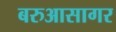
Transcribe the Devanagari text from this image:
बरुआसागर